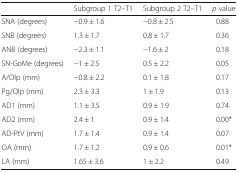
|  | Subgroup 1 T2–T1 | Subgroup 2 T2–T1 | p value |
 | --- | --- | --- | --- |
 | SNA (degrees) | −0.9 ± 1.6 | −0.8 ± 2.5 | 0.88 |
 | SNB (degrees) | 1.3 ± 1.7 | 0.8 ± 1.7 | 0.36 |
 | ANB (degrees) | −2.3 ± 1.1 | −1.6 ± 2 | 0.18 |
 | SN-GoMe (degrees) | −1 ± 2.5 | 0.5 ± 2.2 | 0.05 |
 | A/Olp (mm) | −0.8 ± 2.2 | 0.1 ± 1.8 | 0.17 |
 | Pg/Olp (mm) | 2.3 ± 3.3 | 1 ± 1.9 | 0.13 |
 | AD1 (mm) | 1.1 ± 3.5 | 0.9 ± 1.9 | 0.74 |
 | AD2 (mm) | 2.4 ± 1 | 0.9 ± 1.4 | 0.00* |
 | AD-PtV (mm) | 1.7 ± 1.4 | 0.9 ± 1.4 | 0.07 |
 | OA (mm) | 1.7 ± 1.2 | 0.9 ± 0.6 | 0.01* |
 | LA (mm) | 1.65 ± 3.6 | 1 ± 2.2 | 0.49 |